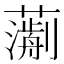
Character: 𧁄